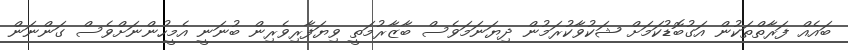
ބައެއް ފަރާތްތަކުން އަގުބޮޑުކަމަށް ޝަކުވާކުރަމުން ދިޔަނަމަވެސް ބާޒާރުމަތީ ވިޔަފާރިވެރިން ބުނަނީ އެމީހުންނަށްވެސް ގަންނަން